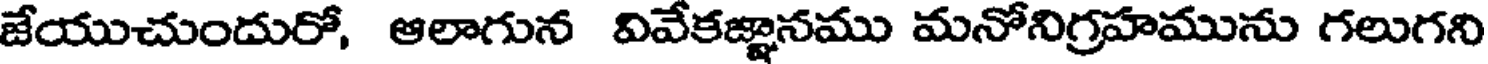
జేయుచుందురో, ఆలాగున వివేకజ్ఞానము మనోనిగ్రహమును గలుగని